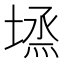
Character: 𡏈